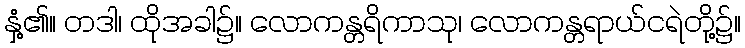
နှံ့၏။ တဒါ၊ ထိုအခါ၌။ လောကန္တရိကာသု၊ လောကန္တရာယ်ငရဲတို့၌။